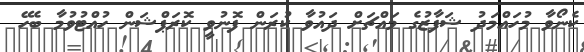
ކެނޯވާ މުހައްމަދު ޝަފާޒުގެ މައްޗަށް ދައުވާ ކުރަން ފޮނުވީ ކޮރަޕްޝަން ހުއްޓުވުމާ ބެހޭ